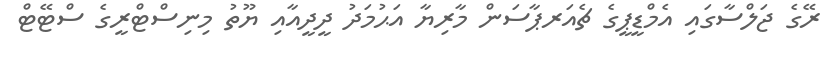
ރޭގެ ޖަލްސާގައި އެމްޑީޕީގެ ޗެއަރޕާސަން މާރިޔާ އަޙުމަދު ދީދީއާއި ޔޫތު މިނިސްޓްރީގެ ސްޓޭޓް